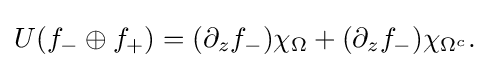
\displaystyle {U(f_{-}\oplus f_{+})=(\partial _{z}f_{-})\chi _{\Omega }+(\partial _{z}f_{-})\chi _{\Omega ^{c}}.}